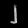
Digit: ၂